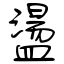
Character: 盪